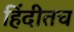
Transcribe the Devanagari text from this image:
हिंदीतच